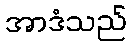
အာဒံသည်